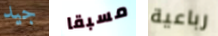
جيد مسبقا رباعية